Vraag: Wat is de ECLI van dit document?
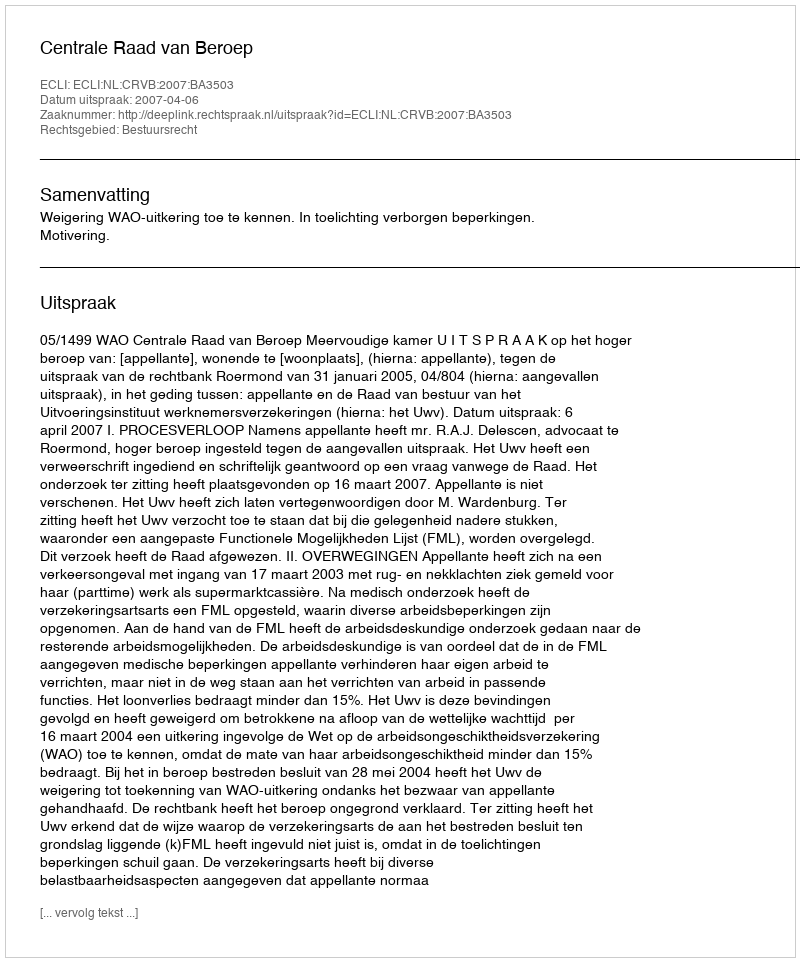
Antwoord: ECLI:NL:CRVB:2007:BA3503